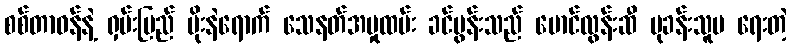
စစ်တာဝန်နဲ့ ရှမ်းပြည် မိုးနဲရောက် သေနတ်အမှုထမ်း ခင်ပွန်းသည် မောင်လွန်းဆီ ပုခန်းသူမ ရေးတဲ့